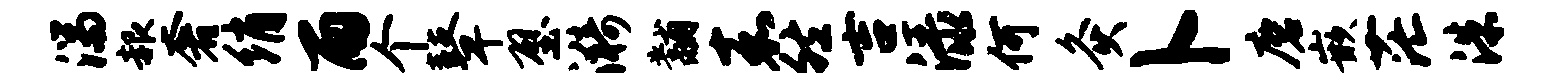
湍赧奢绡雨个鼙壁漪黼嘉然吉渌何灸卜磨嵌茫洙